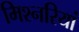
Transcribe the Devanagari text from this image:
मिश्नरियां